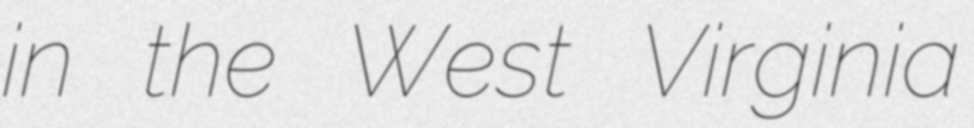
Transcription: in the West Virginia